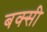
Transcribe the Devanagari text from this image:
बक्सी